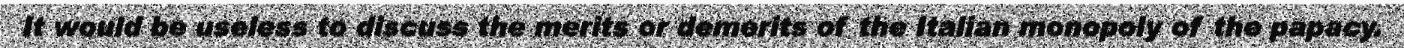
It would be useless to discuss the merits or demerits of the Italian monopoly of the papacy.